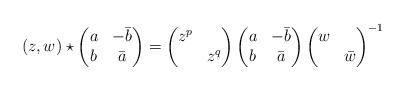
LaTeX: \begin{align*}(z,w) \star \begin{pmatrix}a & -\bar{b}\\b & \bar{a}\end{pmatrix} =\begin{pmatrix}z^p &\\& z^q\end{pmatrix}\begin{pmatrix}a & -\bar{b}\\b & \bar{a}\end{pmatrix}\begin{pmatrix}w & \\& \bar{w}\end{pmatrix}^{-1}\end{align*}